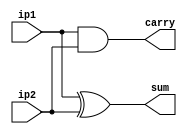
// METADATA ABOUT THE PROGRAM
//
// 	REG NO:  171CO226	     171CO253
// 	MODULE:  half_adder
//
// END META DATA

module half_adder(ip1,ip2,sum,carry);

	// Mapping input and output pins
	input ip1, ip2;
	output sum, carry;

	// Implementing the boolean function for Half adder.
	// sum = ip1 xor ip2
	// carry = ip1 and ip2
	xor(sum,ip1,ip2);
	and(carry,ip1,ip2);

endmodule